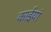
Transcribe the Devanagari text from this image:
काईयां